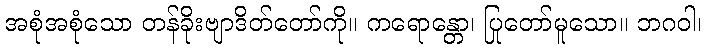
အစုံအစုံသော တန်ခိုးဗျာဒိတ်တော်ကို။ ကရောန္တော၊ ပြုတော်မူသော။ ဘဂဝါ၊